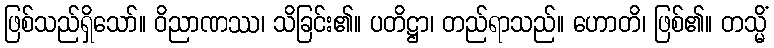
ဖြစ်သည်ရှိသော်။ ဝိညာဏဿ၊ သိခြင်း၏။ ပတိဋ္ဌာ၊ တည်ရာသည်။ ဟောတိ၊ ဖြစ်၏။ တသ္မိံ